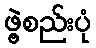
ဖွဲ့စည်းပုံ